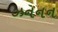
ઝનનન